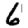
Digit: 6